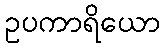
ဥပကာရိယော